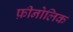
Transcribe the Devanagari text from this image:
फ़ीनोलिक